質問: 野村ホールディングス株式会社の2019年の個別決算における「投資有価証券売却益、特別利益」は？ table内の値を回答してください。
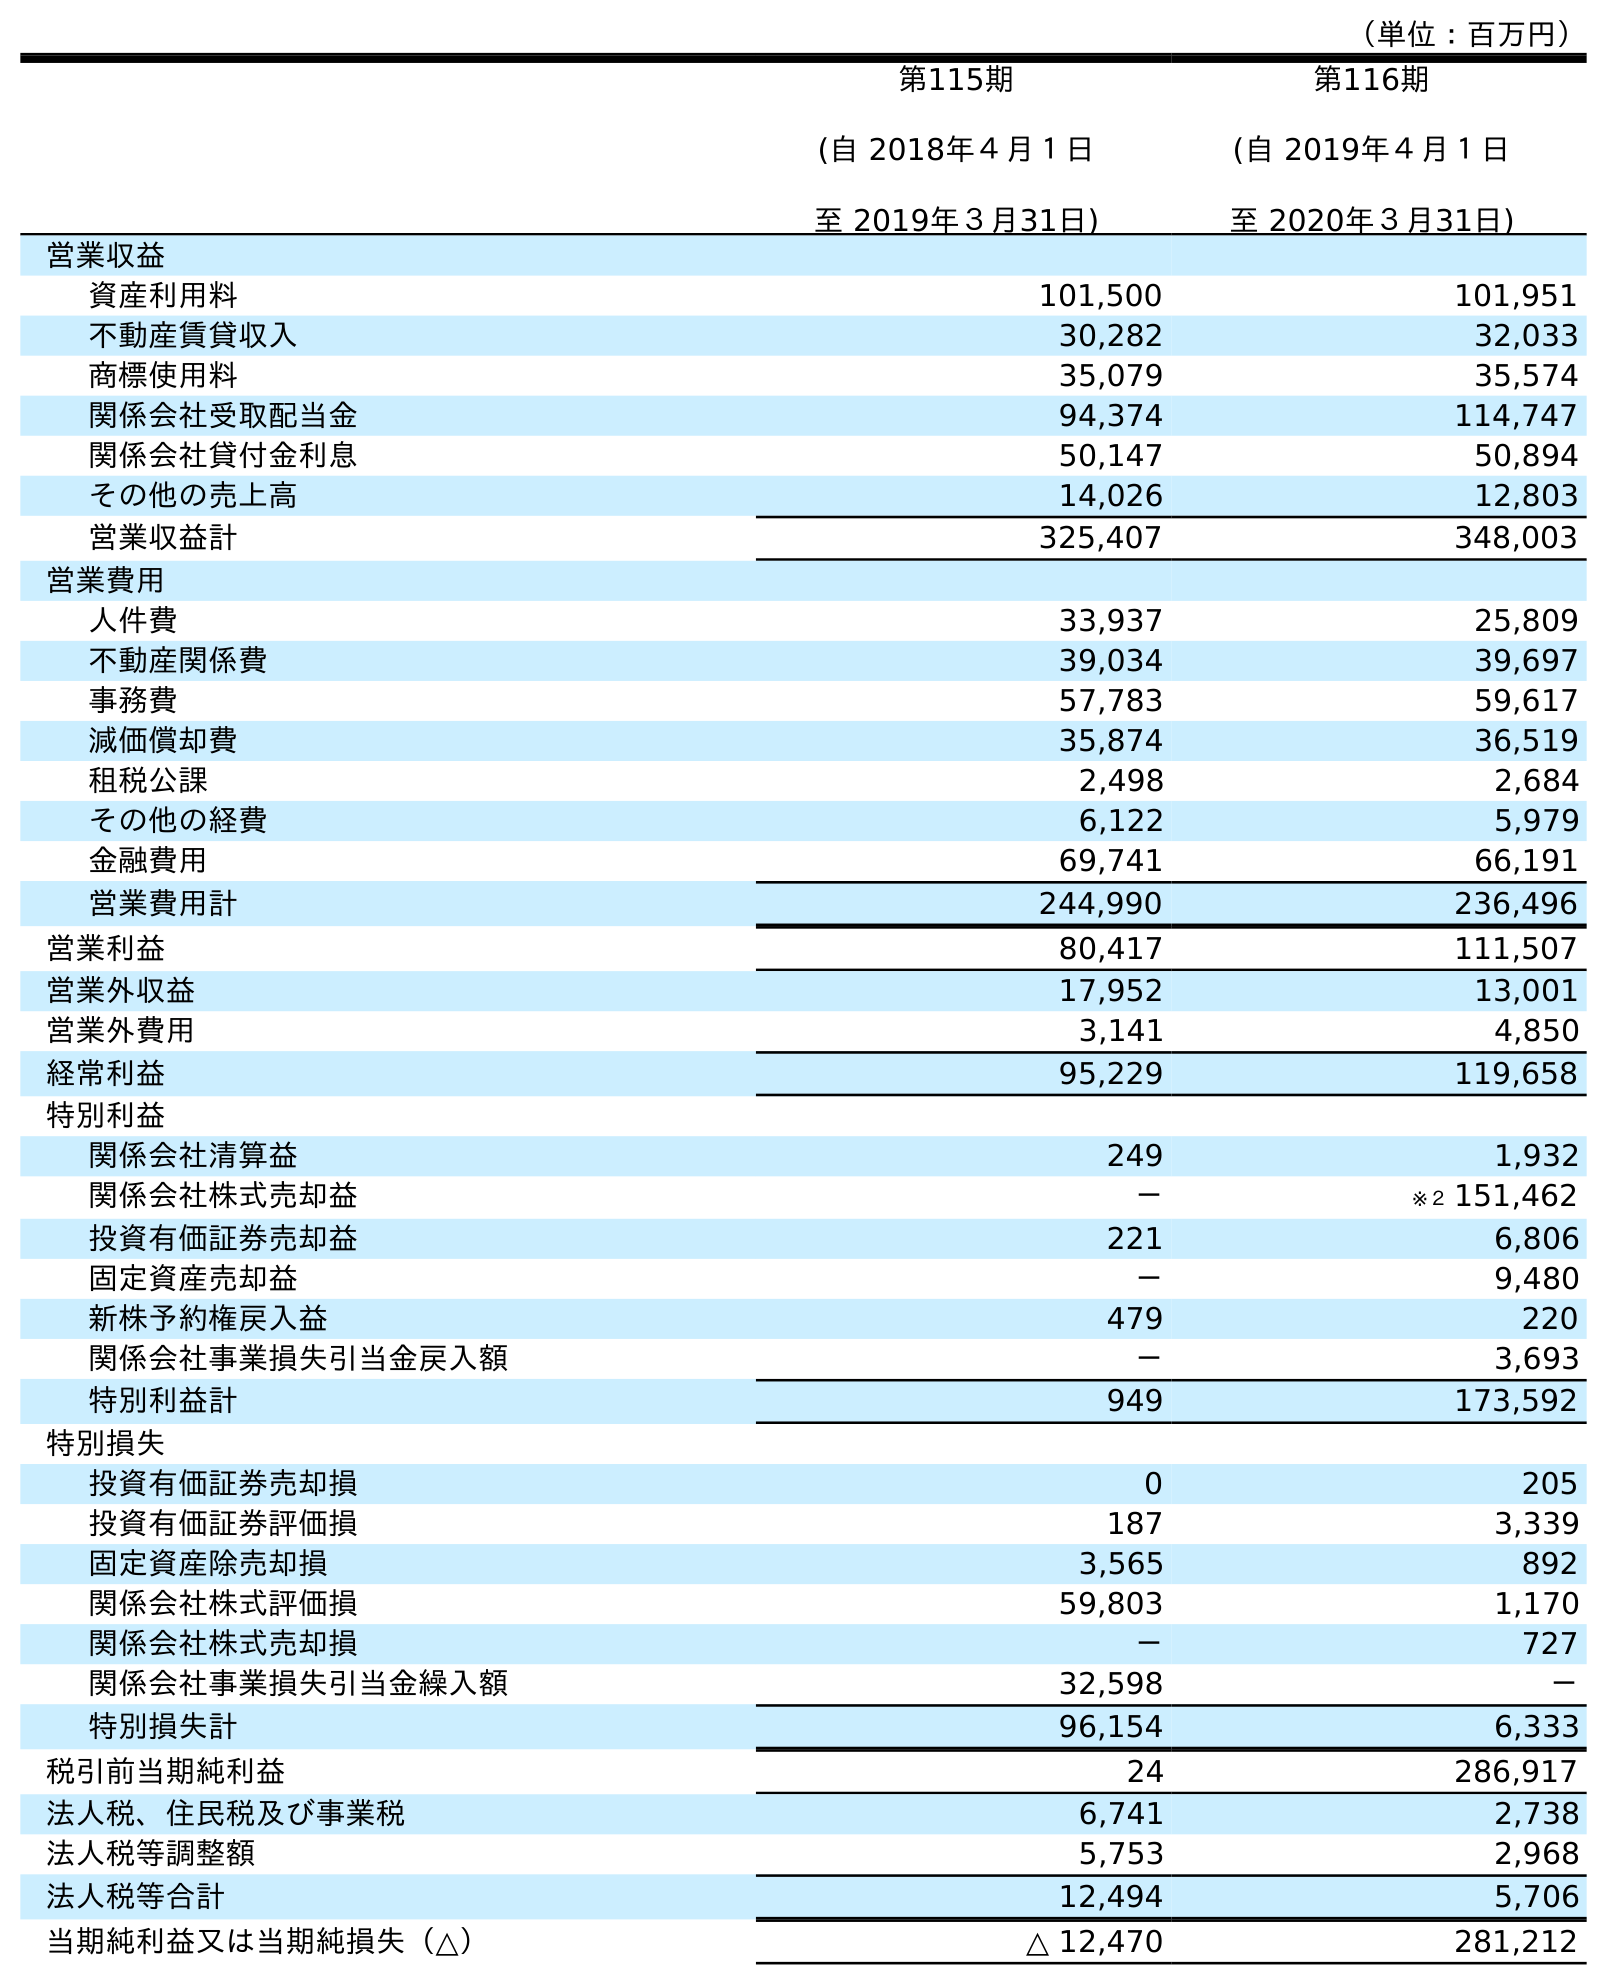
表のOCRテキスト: （単位：百万円） 第115期 (自 2018年４月１日 至 2019年３月31日) 第116期 (自 2019年４月１日 至 2020年３月31日) 営業収益 資産利用料 101,500 101,951 不動産賃貸収入 30,282 32,033 商標使用料 35,079 35,574 関係会社受取配当金 94,374 114,747 関係会社貸付金利息 50,147 50,894 その他の売上高 14,026 12,803 営業収益計 325,407 348,003 営業費用 人件費 33,937 25,809 不動産関係費 39,034 39,697 事務費 57,783 59,617 減価償却費 35,874 36,519 租税公課 2,498 2,684 その他の経費 6,122 5,979 金融費用 69,741 66,191 営業費用計 244,990 236,496 営業利益 80,417 111,507 営業外収益 17,952 13,001 営業外費用 3,141 4,850 経常利益 95,229 119,658 特別利益 関係会社清算益 249 1,932 関係会社株式売却益 － ※２ 151,462 投資有価証券売却益 221 6,806 固定資産売却益 － 9,480 新株予約権戻入益 479 220 関係会社事業損失引当金戻入額 － 3,693 特別利益計 949 173,592 特別損失 投資有価証券売却損 0 205 投資有価証券評価損 187 3,339 固定資産除売却損 3,565 892 関係会社株式評価損 59,803 1,170 関係会社株式売却損 － 727 関係会社事業損失引当金繰入額 32,598 － 特別損失計 96,154 6,333 税引前当期純利益 24 286,917 法人税、住民税及び事業税 6,741 2,738 法人税等調整額 5,753 2,968 法人税等合計 12,494 5,706 当期純利益又は当期純損失（△） △ 12,470 281,212
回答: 221